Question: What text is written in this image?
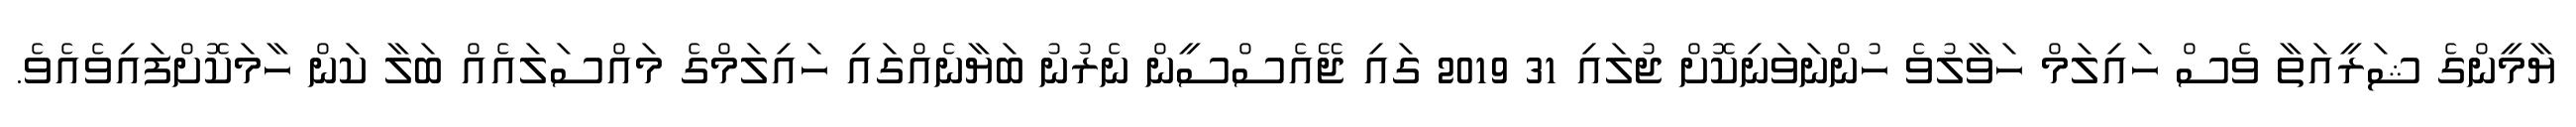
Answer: ޔާމީންގެ ޝަރީއަތާ ވެސް ހައިލަމް ހަވާލުވެ ހުންނަވަނިކޮށް ޖުލައި 31 2019 ގައި ޖޭއެސްސީން ނެރުނު ބަޔާނެއްގައި ހައިލަމްގެ މައްސަލައެއް ބަލާ ކަން ހާމަކޮށްފައިވެއެވެ.